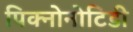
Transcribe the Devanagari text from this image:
पिक्नोनोटिडी